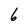
Character: 6